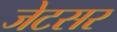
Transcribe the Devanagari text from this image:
जेटसर